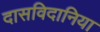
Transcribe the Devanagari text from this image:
दासविदानिया